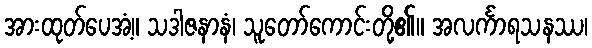
အားထုတ်ပေအံ့။ သဒါဇနာနံ၊ သူတော်ကောင်းတို့၏။ အလင်္ကာရသနဿ၊